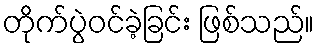
တိုက်ပွဲဝင်ခဲ့ခြင်း ဖြစ်သည်။